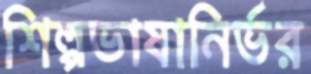
শিল্পভাষানির্ভর